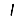
Digit: 1